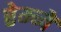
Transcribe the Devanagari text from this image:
रेम्जे